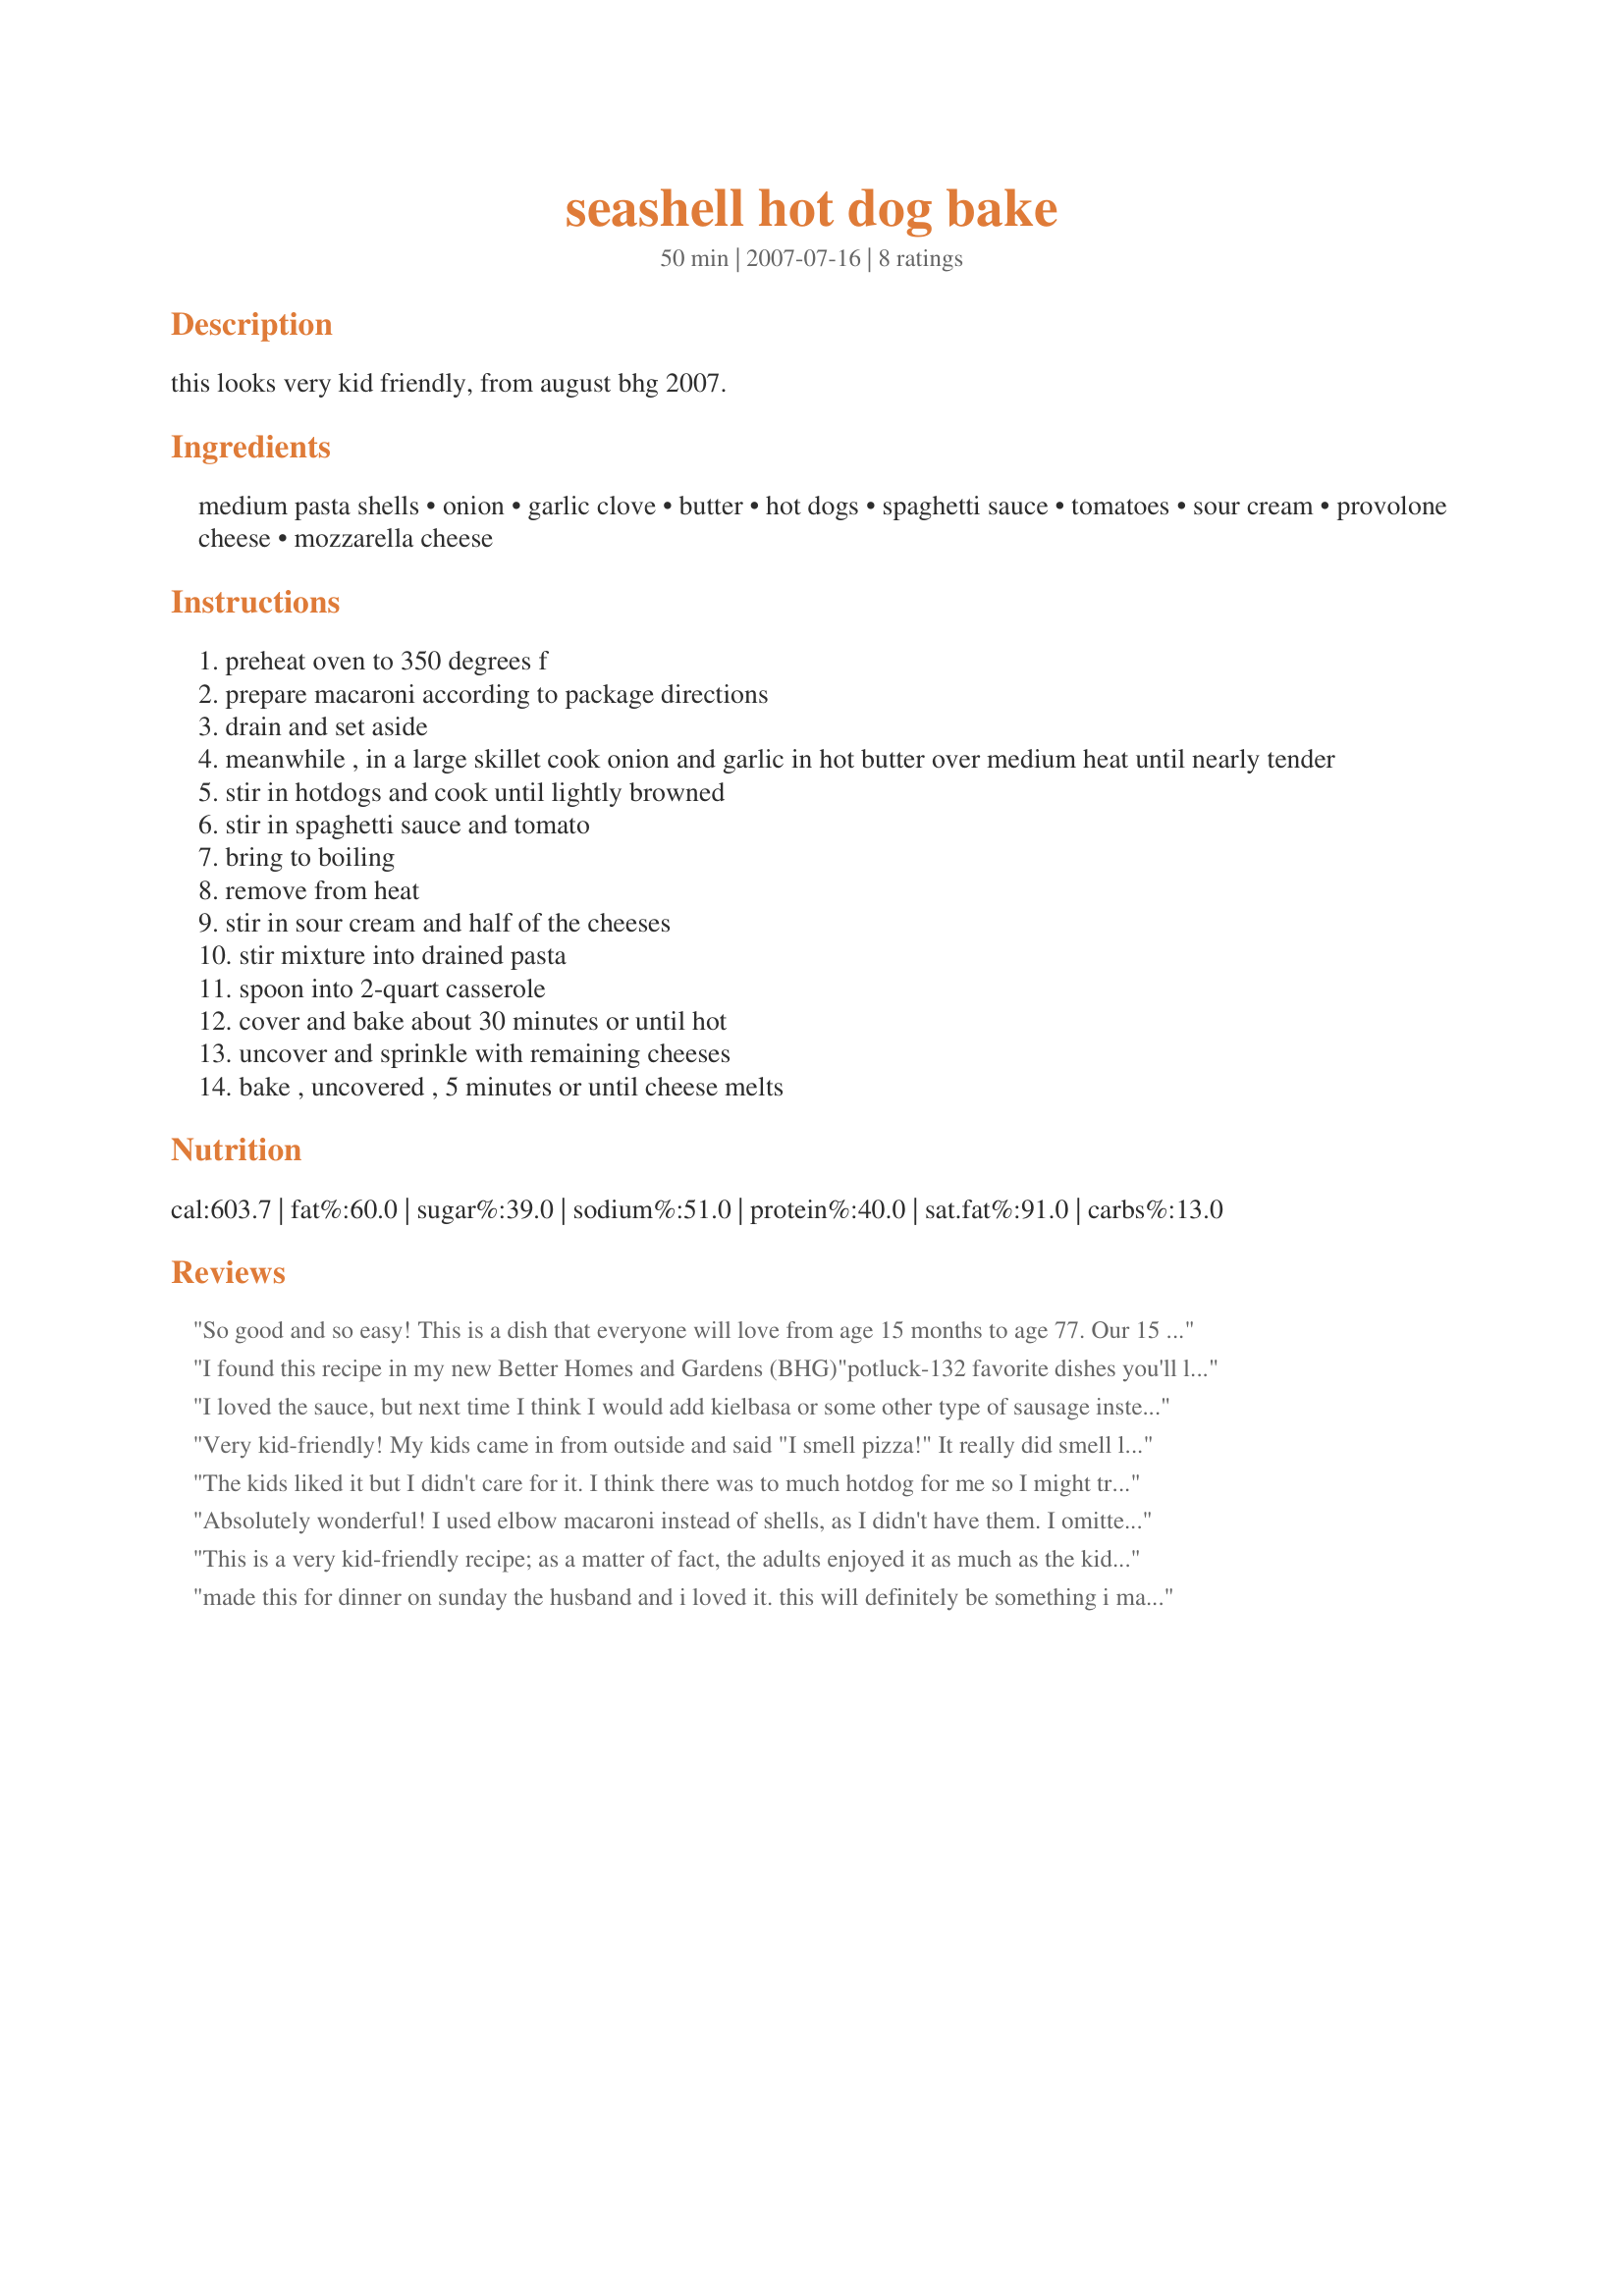
seashell hot dog bake
Preparation time: 50 minutes

this looks very kid friendly, from august bhg 2007.

Ingredients:
medium pasta shells, onion, garlic clove, butter, hot dogs, spaghetti sauce, tomatoes, sour cream, provolone cheese, mozzarella cheese

Steps:
preheat oven to 350 degrees f
prepare macaroni according to package directions
drain and set aside
meanwhile , in a large skillet cook onion and garlic in hot butter over medium heat until nearly tender
stir in hotdogs and cook until lightly browned
stir in spaghetti sauce and tomato
bring to boiling
remove from heat
stir in sour cream and half of the cheeses
stir mixture into drained pasta
spoon into 2-quart casserole
cover and bake about 30 minutes or until hot
uncover and sprinkle with remaining cheeses
bake , uncovered , 5 minutes or until cheese melts

Reviews:
So good and so easy! This is a dish that everyone will love from age 15 months to age 77. Our 15 month old twin granddaughters couldn't get enough, my 77 year old Dad loved it as did the rest of us. One of the great things about this dish is that you can pretty much keep the ingredients on hand for a while to make this on the spur of the moment. We were supposed to go out to dinner on Saturday but because of the big snow storm, I just threw this together! Thanks for the great recipe Ma Hiker!
I found this recipe in my new Better Homes and Gardens (BHG)<br/>"potluck-132 favorite dishes you'll love to share" cookbook magazine but it is listed as 'Hot Dog and Pasta Bake.' I was checking to see if it was here on Food and it was EXACTLY but under this name. The same recipe but has one extra thing: 4oz can sliced mushrooms drained. I made Seashell Pasta Bake as written with the mushrooms added for flavor. The whole family enjoyed it. It tasted like baked ziti to me. I am not a hotdog person but it was a nice, easy, filling meal that made my husband and kids finish every morsel. That is what will make me come back to meals again and again. Paired with salad and bread made weeknight dinner a snap. Thanks for posting MA HIKER you saved me time! Enjoy! ChefDLH
I loved the sauce, but next time I think I would add kielbasa or some other type of sausage instead of the hotdogs. I made it for my 11 year old son and 2 of his friends when they were over for a sleepover. I got very mixed reviews. One seemed to really like it and cleaned off his plate, another just picked at it, and my son really enjoyed the pasta and sauce, but not the hot dogs so much. Again, I think it would be a favorite if I substituted a different type of meat, and I will try that. :-)
Very kid-friendly! My kids came in from outside and said "I smell pizza!" It really did smell like pizza. I made this as directed, but used tomato sauce instead of spaghetti sauce; I just added oregano, basil and sugar. I'll be making this one again. Thanx for a great kiddo recipe!
The kids liked it but I didn't care for it. I think there was to much hotdog for me so I might try again with less.
Absolutely wonderful! I used elbow macaroni instead of shells, as I didn't have them. I omitted the tomato for the same reason. I also doubled the recipe and threw the other pan in the freezer. My 8 y/o had 3rds of this. Then the following day he wanted for lunch again.
This is a very kid-friendly recipe; as a matter of fact, the adults enjoyed it as much as the kids. My changes, due to what was on hand, were to use 1 tablespoon of onion power instead of an onion (my kids won't eat onion). I also used a 16 ounce package of polish sausage instead of hot dogs. I didn't use the chopped tomato (kids again) and I used a combination of mozarella and parmesan cheese which replaced the provolone and mozarella cheese, again, because it's what I hand on hand. This was a very yummy dish that will be made many times to come. Thanks MA HIKER for sharing this super kid and adult-friendly recipe. We loved it!
made this for dinner on sunday the husband and i loved it. this will definitely be something i make again
